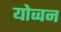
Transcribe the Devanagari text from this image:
योव्वन